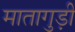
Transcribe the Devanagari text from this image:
मातागुड़ी